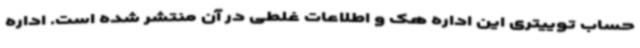
حساب توییتری این اداره هک و اطلاعات غلطی در آن منتشر شده است. اداره